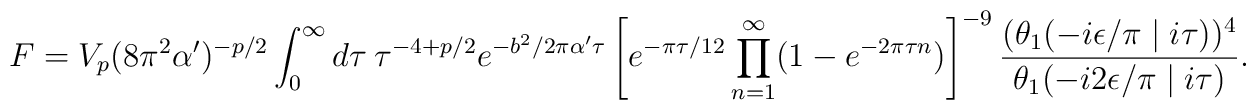
F = V_{p}(8\pi^{2}\alpha ')^{-p/2}\int_{0}^{\infty}d\tau~\tau^{-4 +p/2}e^{-b^{2}/2\pi\alpha '{\tau}}\left[ e^{-\pi\tau /12}\prod_{n=1}^{\infty}(1-e^{-2\pi\tau n})\right]^{-9}\frac{(\theta_{1}(-i\epsilon /\pi\mid i\tau))^4}{\theta_{1}(-i2\epsilon/\pi \mid i\tau)}.